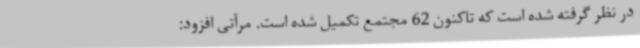
در نظر گرفته شده است که تاکنون 62 مجتمع تکمیل شده است. مرآتی افزود: